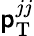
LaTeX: \mathsf{p}_{\mathrm{{T}}}^{jj}